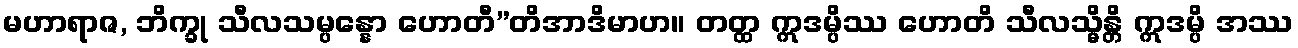
မဟာရာဇ, ဘိက္ခု သီလသမ္ပန္နော ဟောတီ”တိအာဒိမာဟ။ တတ္ထ ဣဒမ္ပိဿ ဟောတိ သီလသ္မိန္တိ ဣဒမ္ပိ အဿ